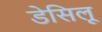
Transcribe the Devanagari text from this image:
डेसिलू